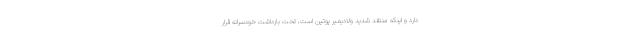
دارد و اینکه منتقد شدید ولادیمیر پوتین است، تحت بازداشت خودسرانه قرار